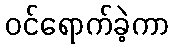
ဝင်ရောက်ခဲ့ကာ